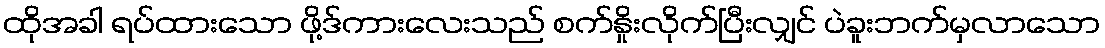
ထိုအခါ ရပ်ထားသော ဖို့ဒ်ကားလေးသည် စက်နှိုးလိုက်ပြီးလျှင် ပဲခူးဘက်မှလာသော